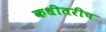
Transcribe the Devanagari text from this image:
कधीतरीच